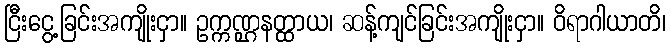
ငြီးငွေ့ခြင်းအကျိုးငှာ။ ဥက္ကဏ္ဌနတ္ထာယ၊ ဆန့်ကျင်ခြင်းအကျိုးငှာ။ ဝိရာဂါယာတိ၊